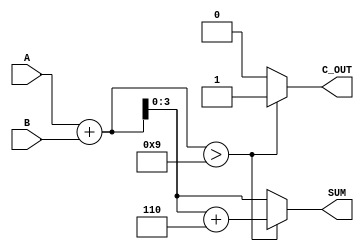
module BCD_Adder (
    input  [3:0] A,      // First BCD digit (0-9)
    input  [3:0] B,      // Second BCD digit (0-9)
    output reg [3:0] SUM, // Resultant BCD digit (0-9)
    output reg C_OUT      // Carry-out signal
);

    wire [4:0] binary_sum; // 5-bit to hold the binary sum
    wire correction_needed; // Signal to indicate if correction is needed

    // Step 1: Binary addition of A and B
    assign binary_sum = A + B;

    // Step 2: Determine if correction is needed
    assign correction_needed = (binary_sum > 9);

    // Step 3: BCD correction and output assignment
    always @(*) begin
        if (correction_needed) begin
            SUM = binary_sum + 5'b00110; // Add 6 to correct the BCD
            C_OUT = 1;                    // Set carry-out
        end else begin
            SUM = binary_sum[3:0];        // No correction needed
            C_OUT = 0;                    // No carry-out
        end
    end

endmodule